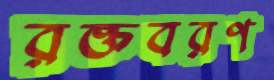
রক্তবরণ